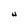
Character: U